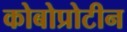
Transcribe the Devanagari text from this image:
कोबोप्रोटीन